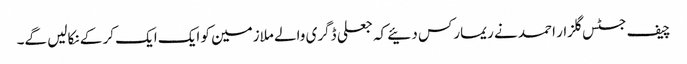
چیف جسٹس گلزار احمد نے ریمارکس دئیے کہ جعلی ڈگری والے ملازمین کو ایک ایک کر کے نکالیں گے۔